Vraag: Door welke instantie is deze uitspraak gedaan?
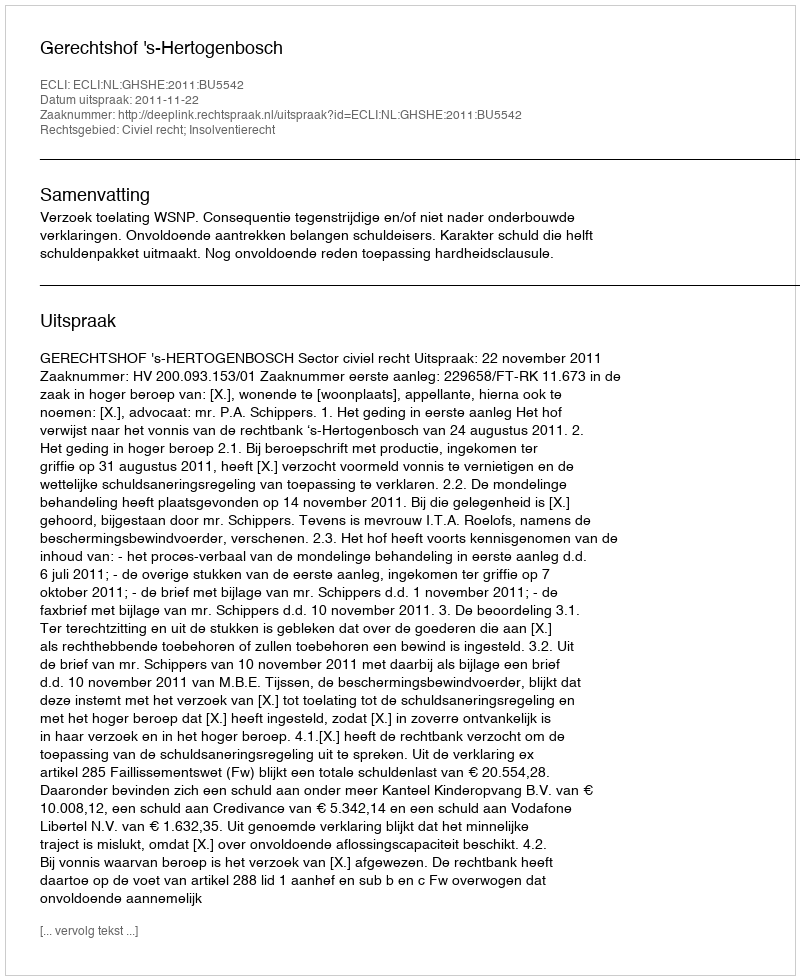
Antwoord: Gerechtshof 's-Hertogenbosch